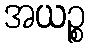
အယဉ္စ